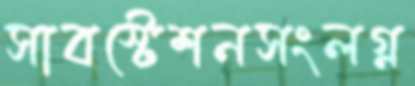
সাবস্টেশনসংলগ্ন